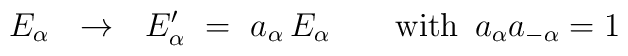
E_\alpha~~\rightarrow~~E_\alpha^\prime~=~a_\alpha \, E_\alpha \qquad \mbox{with $\, a_\alpha a_{-\alpha} = 1$}